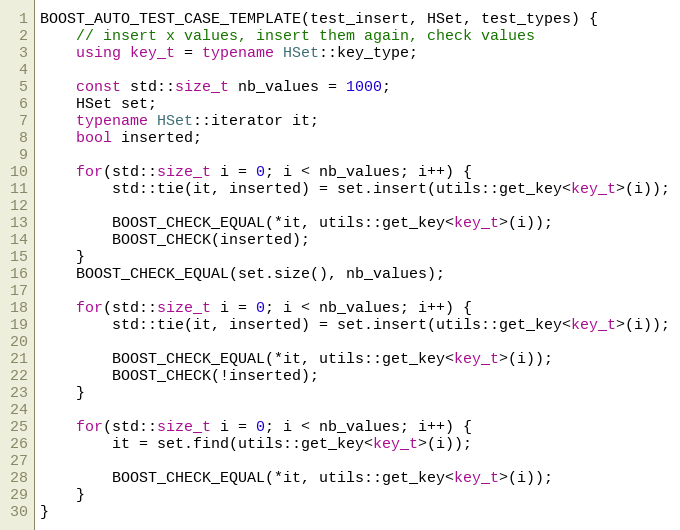
Language: C++
BOOST_AUTO_TEST_CASE_TEMPLATE(test_insert, HSet, test_types) {
    // insert x values, insert them again, check values
    using key_t = typename HSet::key_type;

    const std::size_t nb_values = 1000;
    HSet set;
    typename HSet::iterator it;
    bool inserted;

    for(std::size_t i = 0; i < nb_values; i++) {
        std::tie(it, inserted) = set.insert(utils::get_key<key_t>(i));

        BOOST_CHECK_EQUAL(*it, utils::get_key<key_t>(i));
        BOOST_CHECK(inserted);
    }
    BOOST_CHECK_EQUAL(set.size(), nb_values);

    for(std::size_t i = 0; i < nb_values; i++) {
        std::tie(it, inserted) = set.insert(utils::get_key<key_t>(i));

        BOOST_CHECK_EQUAL(*it, utils::get_key<key_t>(i));
        BOOST_CHECK(!inserted);
    }

    for(std::size_t i = 0; i < nb_values; i++) {
        it = set.find(utils::get_key<key_t>(i));

        BOOST_CHECK_EQUAL(*it, utils::get_key<key_t>(i));
    }
}